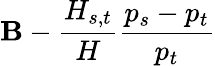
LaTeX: \mathbf{B}-\frac{{H_{s,t}}}{{H}}\frac{{p_{s}-p_{t}}}{{p_{t}}}